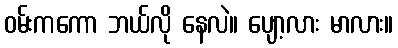
ဝမ်းကကော ဘယ်လို နေလဲ။ ပျော့လား မာလား။